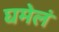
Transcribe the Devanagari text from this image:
घमेलं